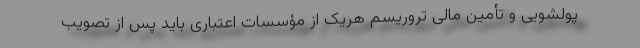
پولشویی و تأمین مالی تروریسم هریک از مؤسسات اعتباری باید پس از تصویب